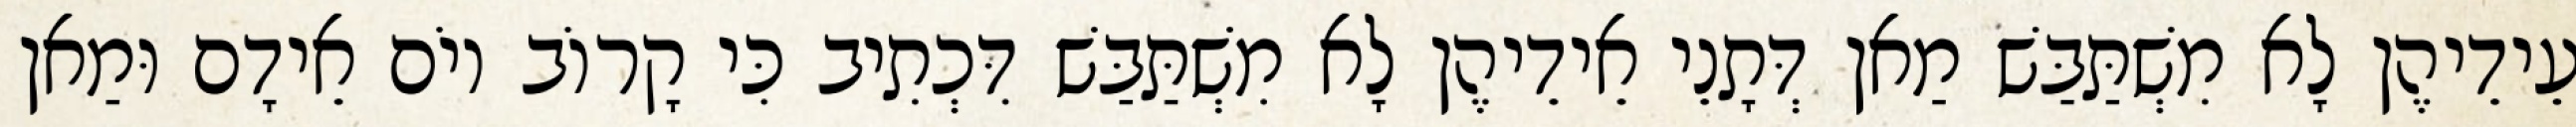
עֵידֵיהֶן לָא מִשְׁתַּבַּשׁ מַאן דְּתָנֵי אֵידֵיהֶן לָא מִשְׁתַּבַּשׁ דִּכְתִיב כִּי קָרוֹב יוֹם אֵידָם וּמַאן